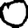
Digit: 0